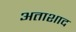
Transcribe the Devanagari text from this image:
अताशाद